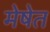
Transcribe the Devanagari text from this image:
मेषेत